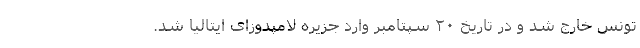
تونس خارج شد و در تاریخ ۲۰ سپتامبر وارد جزیره لامپدوزای ایتالیا شد.